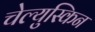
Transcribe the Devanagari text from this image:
चेल्युस्किन